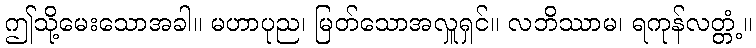
ဤသို့မေးသောအခါ။ မဟာပုည၊ မြတ်သောအလှူရှင်။ လဘိဿာမ၊ ရကုန်လတ္တံ့။